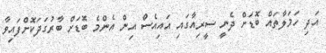
އަދި ހަމަލާތައް ބޮޑަށް ދެނީ ސީރިއާގައި އައިއެސް އިން އެންމެ ބޮޑަށް ބާރުގަދަކޮށްފައިވާ